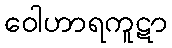
ဝေါဟာရကူဋာ